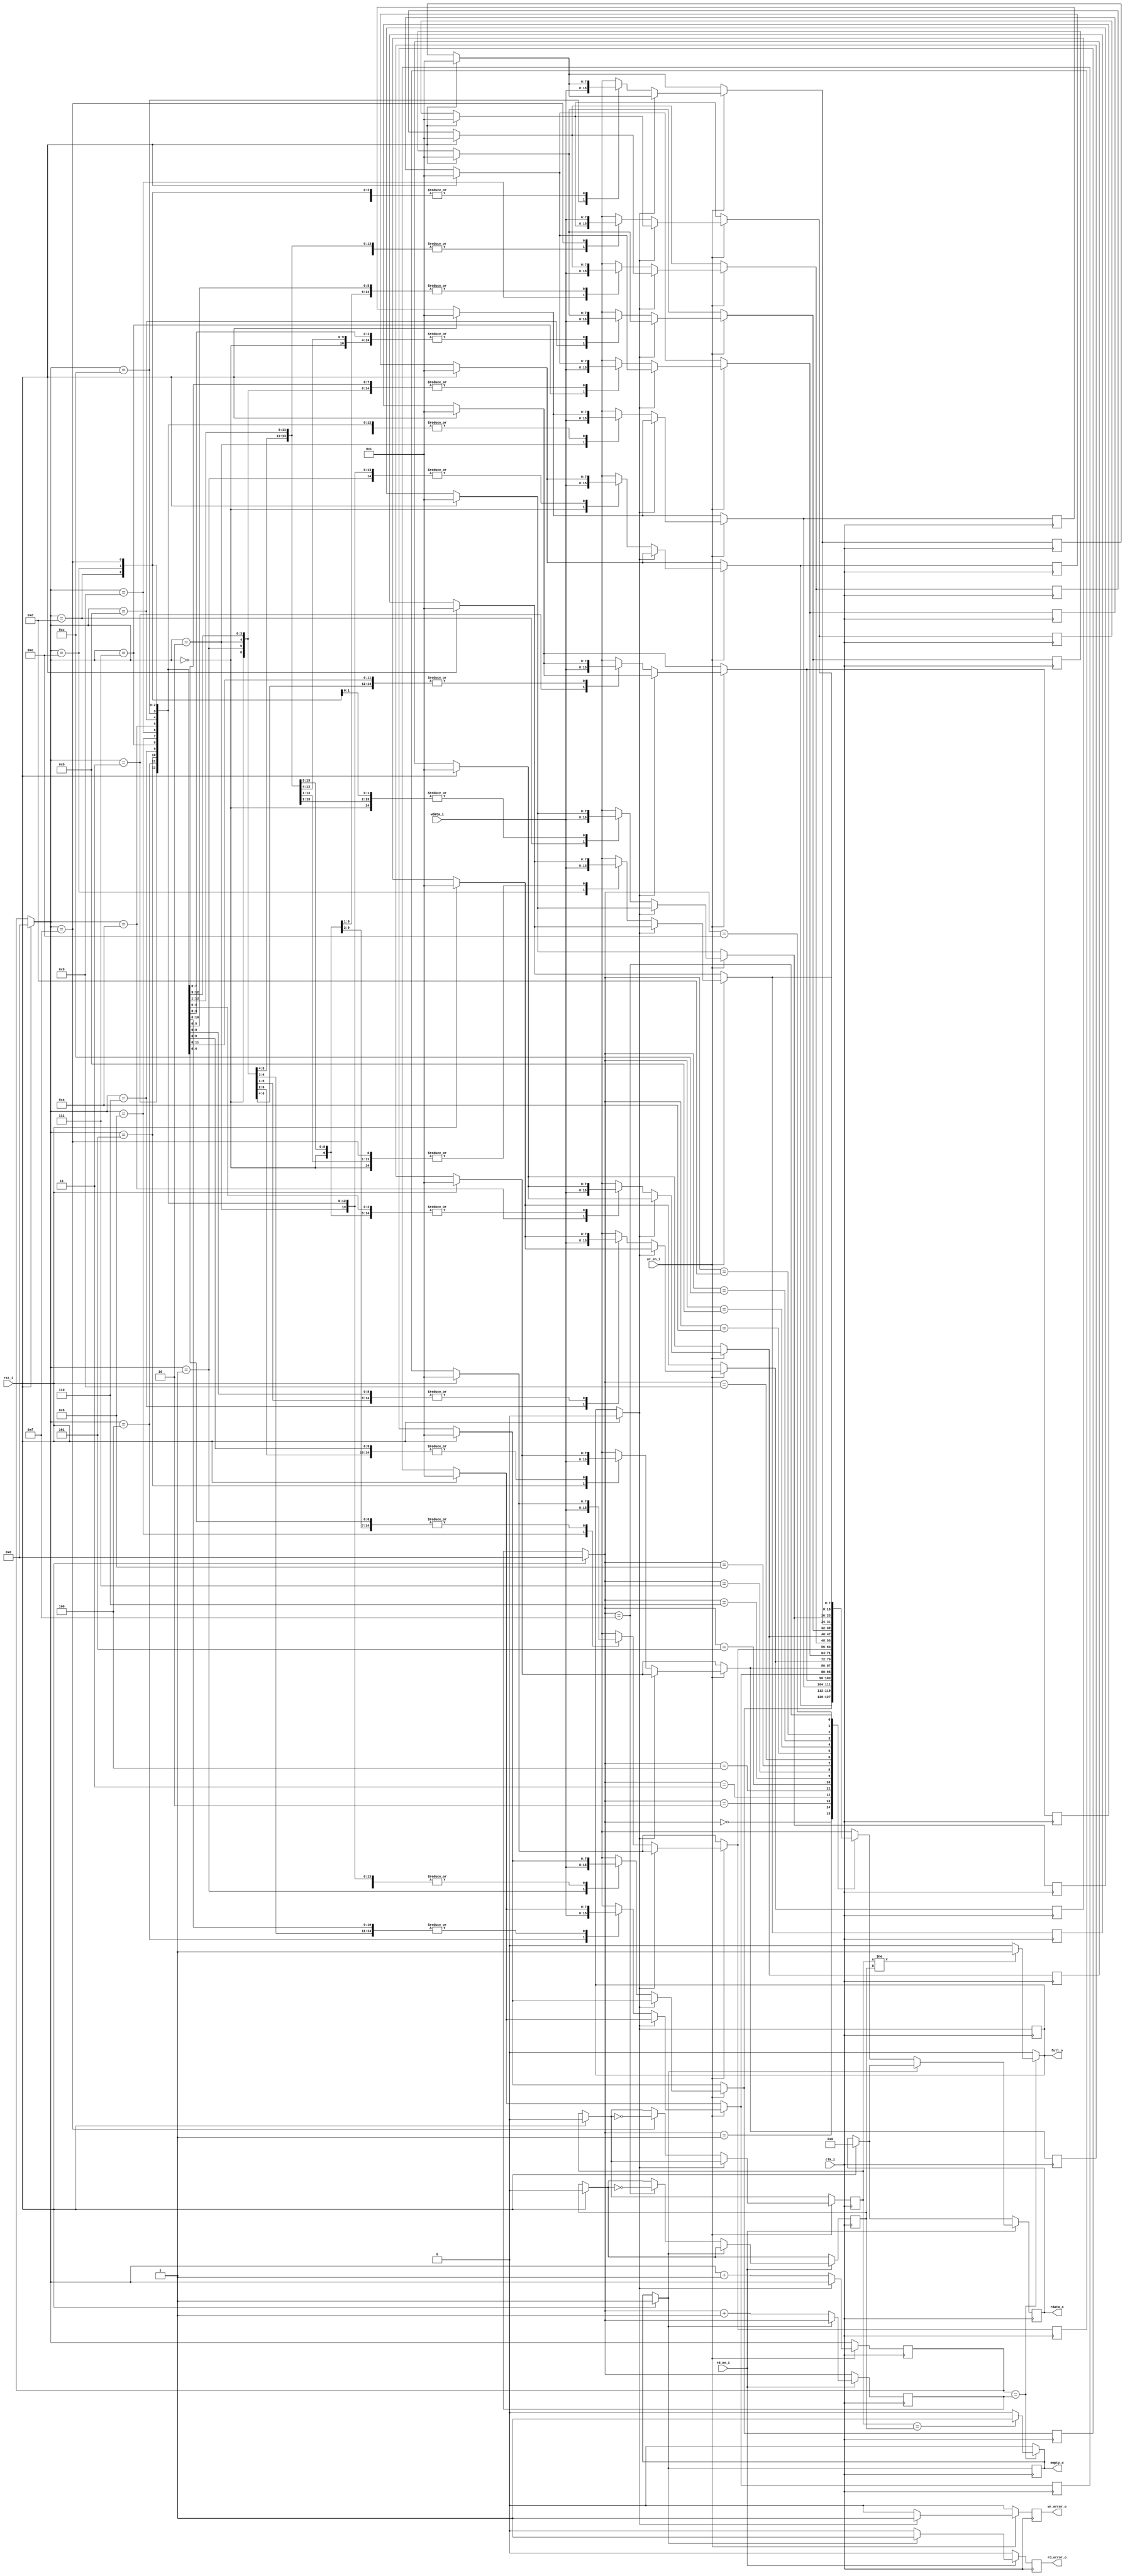
`timescale 1ns/1ps
module fifotest(clk_i,rst_i,wdata_i,rdata_o,full_o,empty_o,wr_en_i,rd_en_i,wr_error_o,rd_error_o);

// PARAMETER DECLARATION
parameter WIDTH=8;
parameter DEPTH=16;
parameter PTR_WIDTH=4;

// INPUTS
input clk_i,rst_i,wr_en_i,rd_en_i;
input [WIDTH-1:0] wdata_i;

// OUTPUTS 
output reg [WIDTH-1:0] rdata_o;
output reg full_o,empty_o,wr_error_o,rd_error_o;

// WRITE AND READ POINTER (INTERNAL TO DESIGN)
reg [PTR_WIDTH-1:0] wr_ptr;
reg [PTR_WIDTH-1:0] rd_ptr;   
 // WRITE AND READ TOGGLES (SCALARS)   
reg wr_toggle_f,rd_toggle_f;        

// DECLARATION OF MEMEORY
reg [WIDTH-1:0] mem [DEPTH-1:0]; 

integer i;
//PROCESSES IN FIFO I.E WRITE AND READ

always @(posedge clk_i)
begin
 if (rst_i==1)
   begin
   // All reg values assign to zero
   rdata_o=0;
   full_o=0;
   empty_o=1;
   wr_error_o=0;
   rd_error_o=0;
   wr_ptr=0;
   rd_ptr=0;
   wr_toggle_f=0;
   rd_toggle_f=0;
   // we cant give mem=0 
   for (i=0;i<DEPTH;i=i+1)
     begin
       mem[i]=1;
     end
   end

 else   // when rst_i is not applied i.e either write or read will happen
   wr_error_o=0;
   rd_error_o=0;
   begin
    //WRITE
      
     if (wr_en_i==1)
        begin
          if(full_o==1)
            begin
              wr_error_o=1;
            end
          else
            begin
              // store the data into the memory
              mem[wr_ptr]=wdata_i;
              
              // increment the wr_ptr
              if (wr_ptr == DEPTH-1)
                 
              wr_toggle_f = ~(wr_toggle_f);   // when its goes from (DEPTH)16--> 0 the wr_toggle shld happen it shld go from 0 to 1 and so on...
                 
              wr_ptr<=wr_ptr+1;
            end
        end
    
     // READ
       
       if (rd_en_i==1)
        begin
          if(empty_o==1)
            begin
              rd_error_o=1;
            end
          else
            begin
              // get data from the memory
              rdata_o=mem[rd_ptr];
              
              // increment the rd_ptr
              if (rd_ptr == DEPTH-1)
                 
                   rd_toggle_f = ~(rd_toggle_f);   // when its goes from (DEPTH)16--> 0 the rd_toggle shld happen it shld go from 0 to 1 and so on...
                   rd_ptr<=rd_ptr+1;
                 
              
            end
        end 

 
end
end

// LOGIC FOR FULL AND EMPTY GENERATION

always @(*)
begin
 empty_o=0;
 full_o=0;
   if (wr_ptr==rd_ptr)
      begin
        if (wr_toggle_f == rd_toggle_f)
           empty_o=1;
        if (wr_toggle_f != rd_toggle_f)
           full_o=1;
      end
end
endmodule